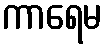
ကာရေမ